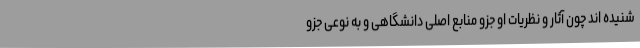
شنیده اند چون آثار و نظریات او جزو منابع اصلی دانشگاهی و به نوعی جزو